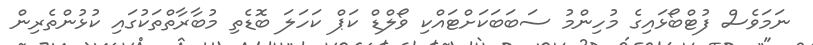
ނަމަވެސް ފުޓްބޯޅައިގެ މުހިންމު ސަބަބަކަށްޓައްކި ވޯލްޑް ކަޕް ކަހަލަ ބޮޑެތި މުބާރާތްތަކުގައި ކުޅުންތެރިން